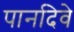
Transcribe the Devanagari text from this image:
पानदिवे